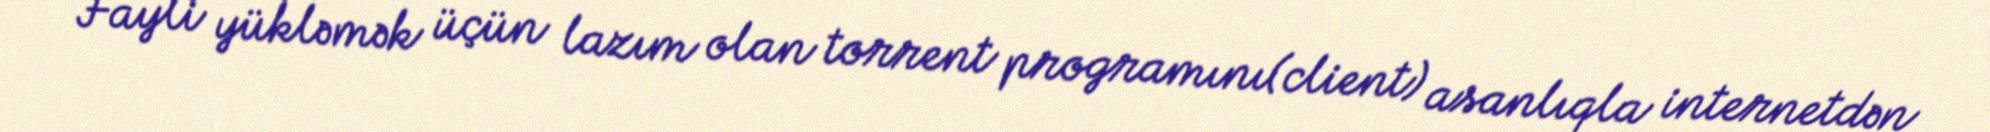
Fayli yükləmək üçün lazım olan torrent programını(client) asanlıqla internetdən